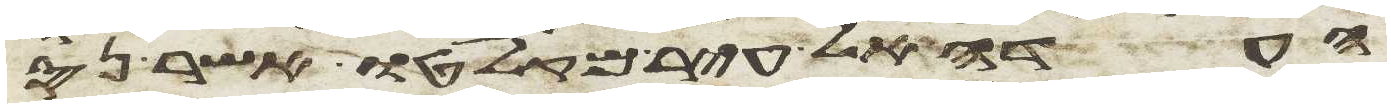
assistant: העדה אל עיר מקלטו אשר נס